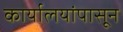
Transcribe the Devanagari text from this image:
कार्यालयांपासून